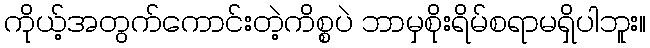
ကိုယ့်အတွက်ကောင်းတဲ့ကိစ္စပဲ ဘာမှစိုးရိမ်စရာမရှိပါဘူး။